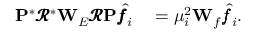
\begin{array} { r l } { \mathbf { P } ^ { * } \pmb { \mathcal { R } } ^ { * } \mathbf { W } _ { E } \pmb { \mathcal { R } } \mathbf { P } \hat { \pmb f _ { i } } } & { { } = \mu _ { i } ^ { 2 } \mathbf { W } _ { f } \hat { \pmb f _ { i } } . } \end{array}